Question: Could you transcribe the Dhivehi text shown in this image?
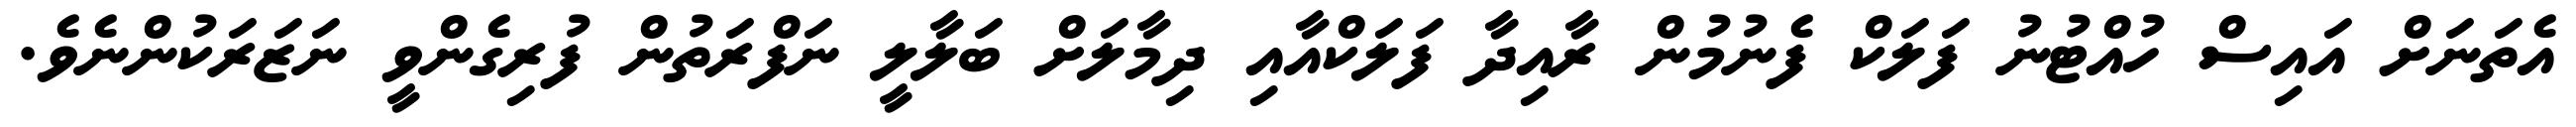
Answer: އެތަނަށް އައިސް ހުއްޓުނު ފަލަކް ފެނުމުން ރާއިދާ ފަލަކްއާއި ދިމާލަށް ބަލާލީ ނަފްރަތުން ފުރިގެންވީ ނަޒަރަކުންނެވެ.